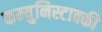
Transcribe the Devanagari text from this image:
कम्युनिस्टाक्की